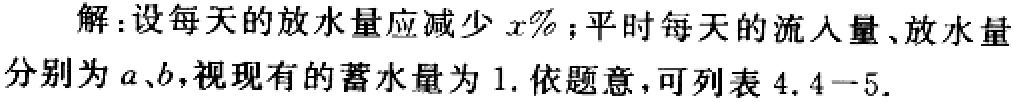
解：设每天的放水量应减少\(x\%\)；平时每天的流入量、放水量分别为\(a\)、\(b\)，视现有的蓄水量为\(1\). 依题意，可列表\(4.4 - 5\).